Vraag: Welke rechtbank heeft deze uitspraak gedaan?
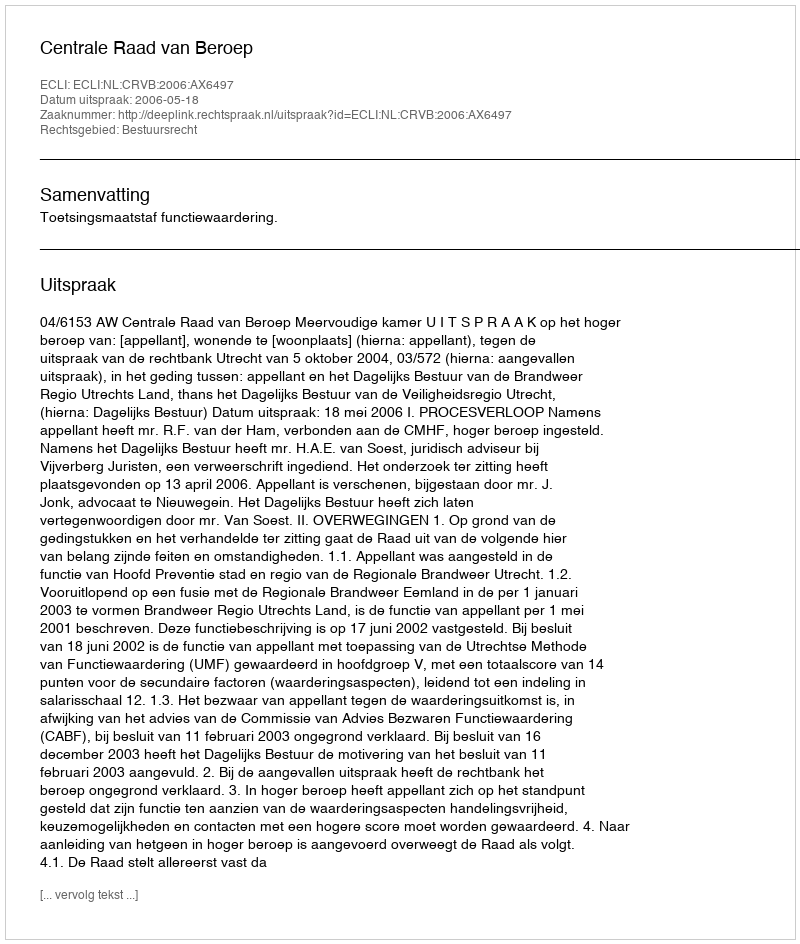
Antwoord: Centrale Raad van Beroep